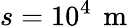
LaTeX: s=10^{4}\, \mathrm{~m~}